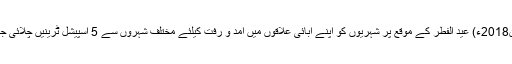
09 جون2018ء) عید الفطر کے موقع پر شہریوں کو اپنے آبائی علاقوں میں آمد و رفت کیلئے مختلف شہروں سے 5 اسپیشل ٹرینیں چلائی جائیں گی۔